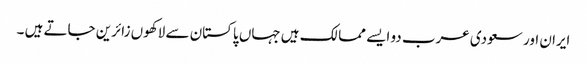
ایران اور سعودی عرب دو ایسے ممالک ہیں جہاں پاکستان سے لاکھوں زائرین جاتے ہیں ۔